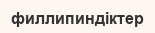
филлипиндіктер